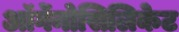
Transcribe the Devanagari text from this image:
ऑर्गेनोसिलिकेट